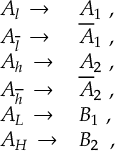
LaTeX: \begin{array} { l l } { { A _ { l } \, \rightarrow } } & { { A _ { 1 } \, \, , } } \\ { { A _ { \overline { { { l } } } } \, \rightarrow } } & { { \overline { { { A } } } _ { 1 } \, \, , } } \\ { { A _ { h } \, \rightarrow } } & { { A _ { 2 } \, \, , } } \\ { { A _ { \overline { { { h } } } } \, \rightarrow } } & { { \overline { { { A } } } _ { 2 } \, \, , } } \\ { { A _ { L } \, \rightarrow } } & { { B _ { 1 } \, \, , } } \\ { { A _ { H } \, \rightarrow } } & { { B _ { 2 } \, \, \, , } } \end{array}